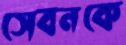
সেবনকে